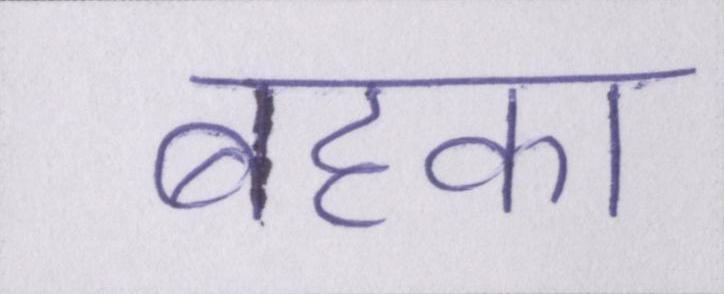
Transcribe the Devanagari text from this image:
बहका